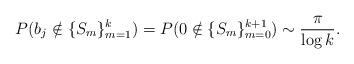
LaTeX: \begin{align*}P(b_j\notin\{S_m\}_{m=1}^{k})=P(0\notin\{S_m\}_{m=0}^{k+1})\sim\frac{\pi}{\log k}. \end{align*}